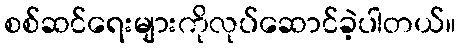
စစ်ဆင်ရေးများကိုလုပ်ဆောင်ခဲ့ပါတယ်။